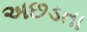
અછડતા